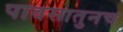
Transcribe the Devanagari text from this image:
पावसातुनच